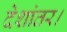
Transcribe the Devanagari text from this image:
देशांतर।